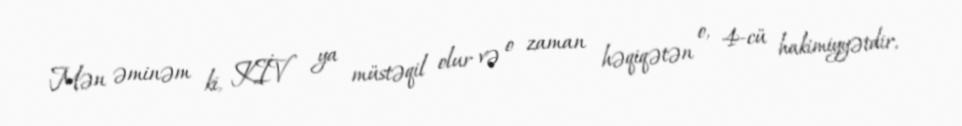
Mən əminəm ki, KİV ya müstəqil olur və o zaman həqiqətən o, 4-cü hakimiyyətdir,